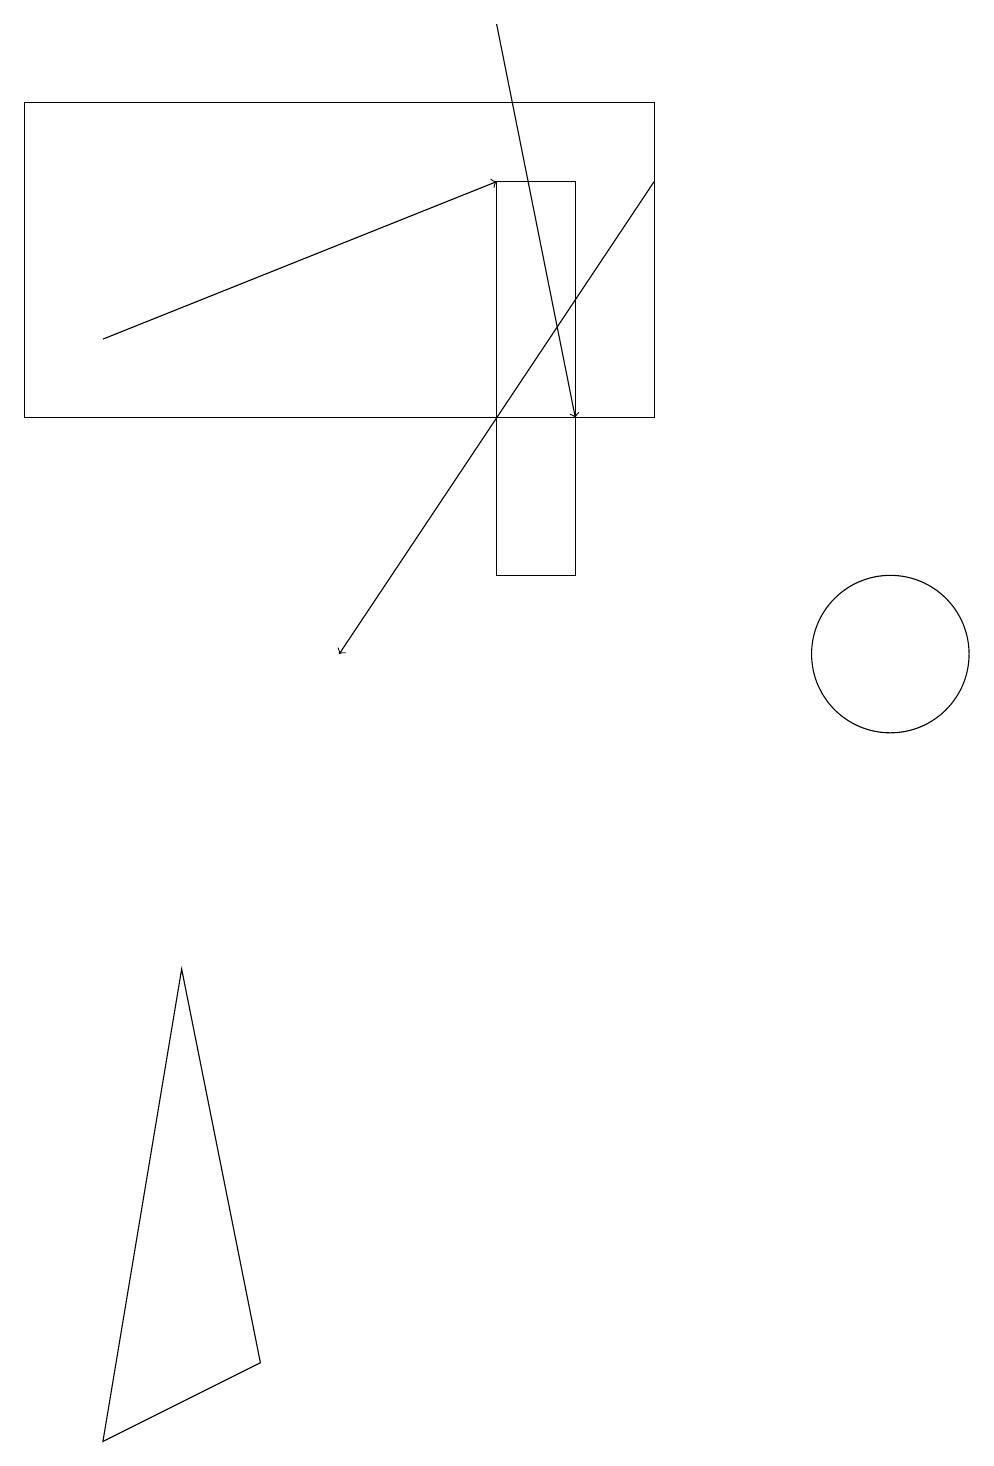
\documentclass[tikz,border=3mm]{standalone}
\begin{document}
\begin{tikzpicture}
\draw (1,14) rectangle (9,18);
\draw (3,7) -- (4,2) -- (2,1) -- cycle;
\draw (7,18) rectangle (1,18);
\draw (12,11) circle (1);
\draw[->] (9,17) -- (5,11);
\draw (8,17) rectangle (7,12);
\draw[->] (2,15) -- (7,17);
\draw[->] (7,19) -- (8,14);
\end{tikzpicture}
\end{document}